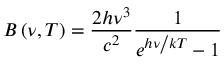
B \left( \nu , T \right) = \frac { 2 h \nu ^ { 3 } } { c ^ { 2 } } \frac { 1 } { e ^ { { h \nu \mathord { \left/ { \vphantom { h \nu k T } } \right. \kern - \nulldelimiterspace } k T } } - 1 }